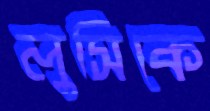
লুসিকে